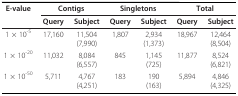
| E-value | <COLSPAN=2> Contigs | <COLSPAN=2> Singletons | <COLSPAN=2> Total |
 |  | Query | Subject | Query | Subject | Query | Subject |
 | --- | --- | --- | --- | --- | --- | --- |
 | 1 × 10-5 | 17,160 | 11,504(7,990) | 1,807 | 2,934(1,373) | 18,967 | 12,464(8,504) |
 | 1 × 10-20 | 11,032 | 8,084(6,557) | 845 | 1,145(725) | 11,877 | 8,524(6,821) |
 | 1 × 10-50 | 5,711 | 4,767(4,251) | 183 | 190(163) | 5,894 | 4,846(4,325) |